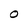
Character: O